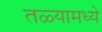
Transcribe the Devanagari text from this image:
तळ्यामध्ये